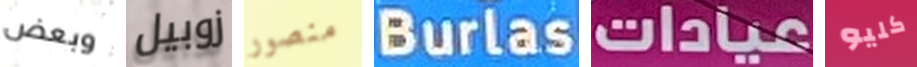
وبعض زوبيل منصور Burlas عيادات كليو